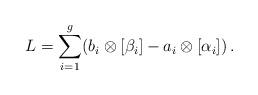
LaTeX: \begin{align*}L = \sum_{i=1}^g (b_i\otimes [\beta_i] - a_i\otimes[\alpha_i])\, .\end{align*}